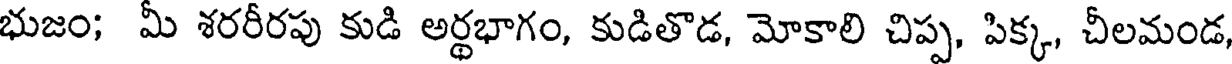
భుజం; మీ శరరీరపు కుడి అర్థభాగం, కుడితొడ, మోకాలి చిప్ప, పిక్క, చీలమండ